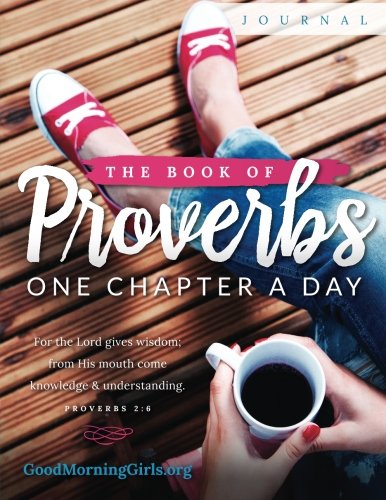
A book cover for The Book of Proverbs Journal: One Chapter a Day; Courtney Joseph; Christian Books & Bibles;